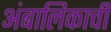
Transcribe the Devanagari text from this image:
अंबालिकाची